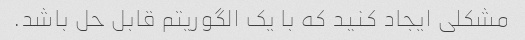
مشکلی ایجاد کنید که با یک الگوریتم قابل حل باشد.